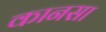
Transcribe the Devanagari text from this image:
कानसा